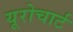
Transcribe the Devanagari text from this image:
यूरोचार्ट